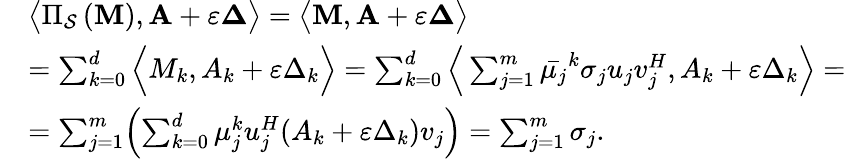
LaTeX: \begin{array}{rl}&{\big\langle\Pi_{\mathcal{S}}\left(\mathbf{M}\right),\mathbf{A}+\varepsilon\mathbf{\Delta}\big\rangle=\big\langle\mathbf{M},\mathbf{A}+\varepsilon\mathbf{\Delta}\big\rangle}\\ &{=\sum_{k=0}^{d}\Big\langle M_{k},A_{k}+\varepsilon\Delta_{k}\Big\rangle=\sum_{k=0}^{d}\Big\langle\sum_{j=1}^{m}\bar{\mu_{j}}^{k}\sigma_{j}u_{j}v_{j}^{H},A_{k}+\varepsilon\Delta_{k}\Big\rangle=}\\ &{=\sum_{j=1}^{m}\Bigl(\sum_{k=0}^{d}\mu_{j}^{k}u_{j}^{H}(A_{k}+\varepsilon\Delta_{k})v_{j}\Bigr)=\sum_{j=1}^{m}\sigma_{j}.}\end{array}